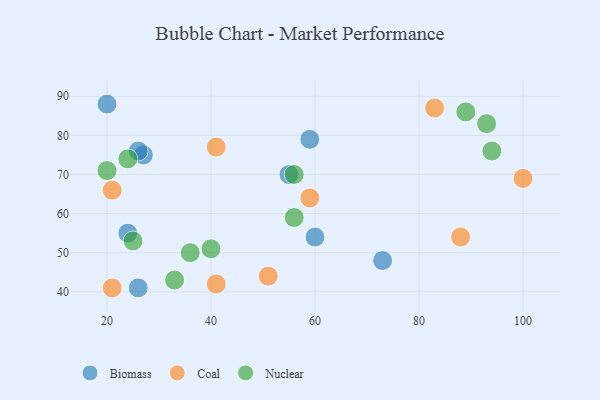
{"axis": {"x": "GDP", "y": "Life Expectancy"}, "legend": ["Biomass", "Coal", "Nuclear"], "data": [{"x": "27", "y": 75, "type": "Biomass"}, {"x": "24", "y": 55, "type": "Biomass"}, {"x": "55", "y": 70, "type": "Biomass"}, {"x": "26", "y": 41, "type": "Biomass"}, {"x": "59", "y": 79, "type": "Biomass"}, {"x": "73", "y": 48, "type": "Biomass"}, {"x": "26", "y": 76, "type": "Biomass"}, {"x": "20", "y": 88, "type": "Biomass"}, {"x": "60", "y": 54, "type": "Biomass"}, {"x": "21", "y": 66, "type": "Coal"}, {"x": "83", "y": 87, "type": "Coal"}, {"x": "51", "y": 44, "type": "Coal"}, {"x": "41", "y": 42, "type": "Coal"}, {"x": "100", "y": 69, "type": "Coal"}, {"x": "88", "y": 54, "type": "Coal"}, {"x": "21", "y": 41, "type": "Coal"}, {"x": "59", "y": 64, "type": "Coal"}, {"x": "41", "y": 77, "type": "Coal"}, {"x": "94", "y": 76, "type": "Nuclear"}, {"x": "20", "y": 71, "type": "Nuclear"}, {"x": "36", "y": 50, "type": "Nuclear"}, {"x": "89", "y": 86, "type": "Nuclear"}, {"x": "93", "y": 83, "type": "Nuclear"}, {"x": "25", "y": 53, "type": "Nuclear"}, {"x": "33", "y": 43, "type": "Nuclear"}, {"x": "56", "y": 70, "type": "Nuclear"}, {"x": "56", "y": 59, "type": "Nuclear"}, {"x": "40", "y": 51, "type": "Nuclear"}, {"x": "24", "y": 74, "type": "Nuclear"}]}